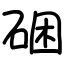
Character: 硱